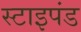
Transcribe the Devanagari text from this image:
स्टाइपंड